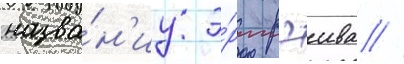
назва́н'иу э́ры рэива /